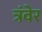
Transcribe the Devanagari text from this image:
त्रंवेर